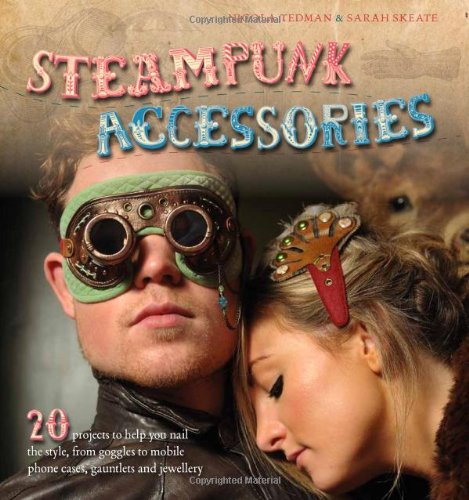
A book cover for Steampunk Accessories: 20 Projects to Help You Nail the Style; Nicola Tedman; Arts & Photography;